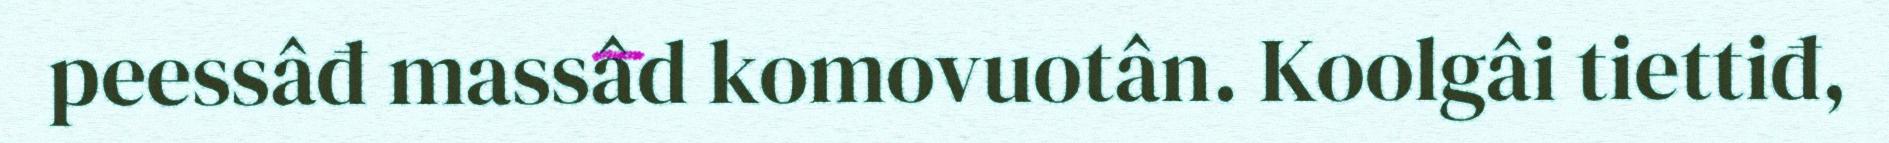
peessâđ massâd komovuotân. Koolgâi tiettiđ,